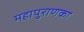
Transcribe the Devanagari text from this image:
महापुराणका